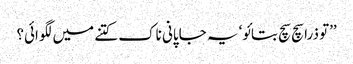
’’تو ذرا سچ سچ بتائو‘ یہ جاپانی ناک کتنے میں لگوائی؟